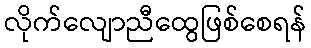
လိုက်လျောညီထွေဖြစ်စေရန်